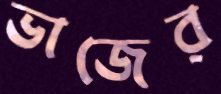
ভাজের